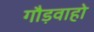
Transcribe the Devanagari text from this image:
गौड़वाहो